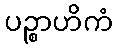
ပဉ္စာဟိကံ